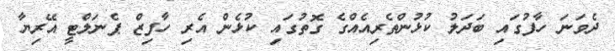
ދެވަނަ ހާފުގައި ބަދަލު ކުޅުންތެރިއެއްގެ ގޮތުގައި ކުޅެން އެރި ހާފިޒް ޕެނަލްޓީ އޭރިޔާ